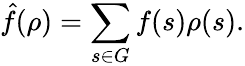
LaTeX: {\hat{f}}(\rho)=\sum_{s\in G}f(s)\rho(s).